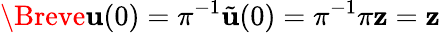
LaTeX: \Breve{\mathbf{u}}(0)=\pi^{-1}\tilde{\mathbf{u}}(0)=\pi^{-1}\pi\mathbf{z}=\mathbf{z}